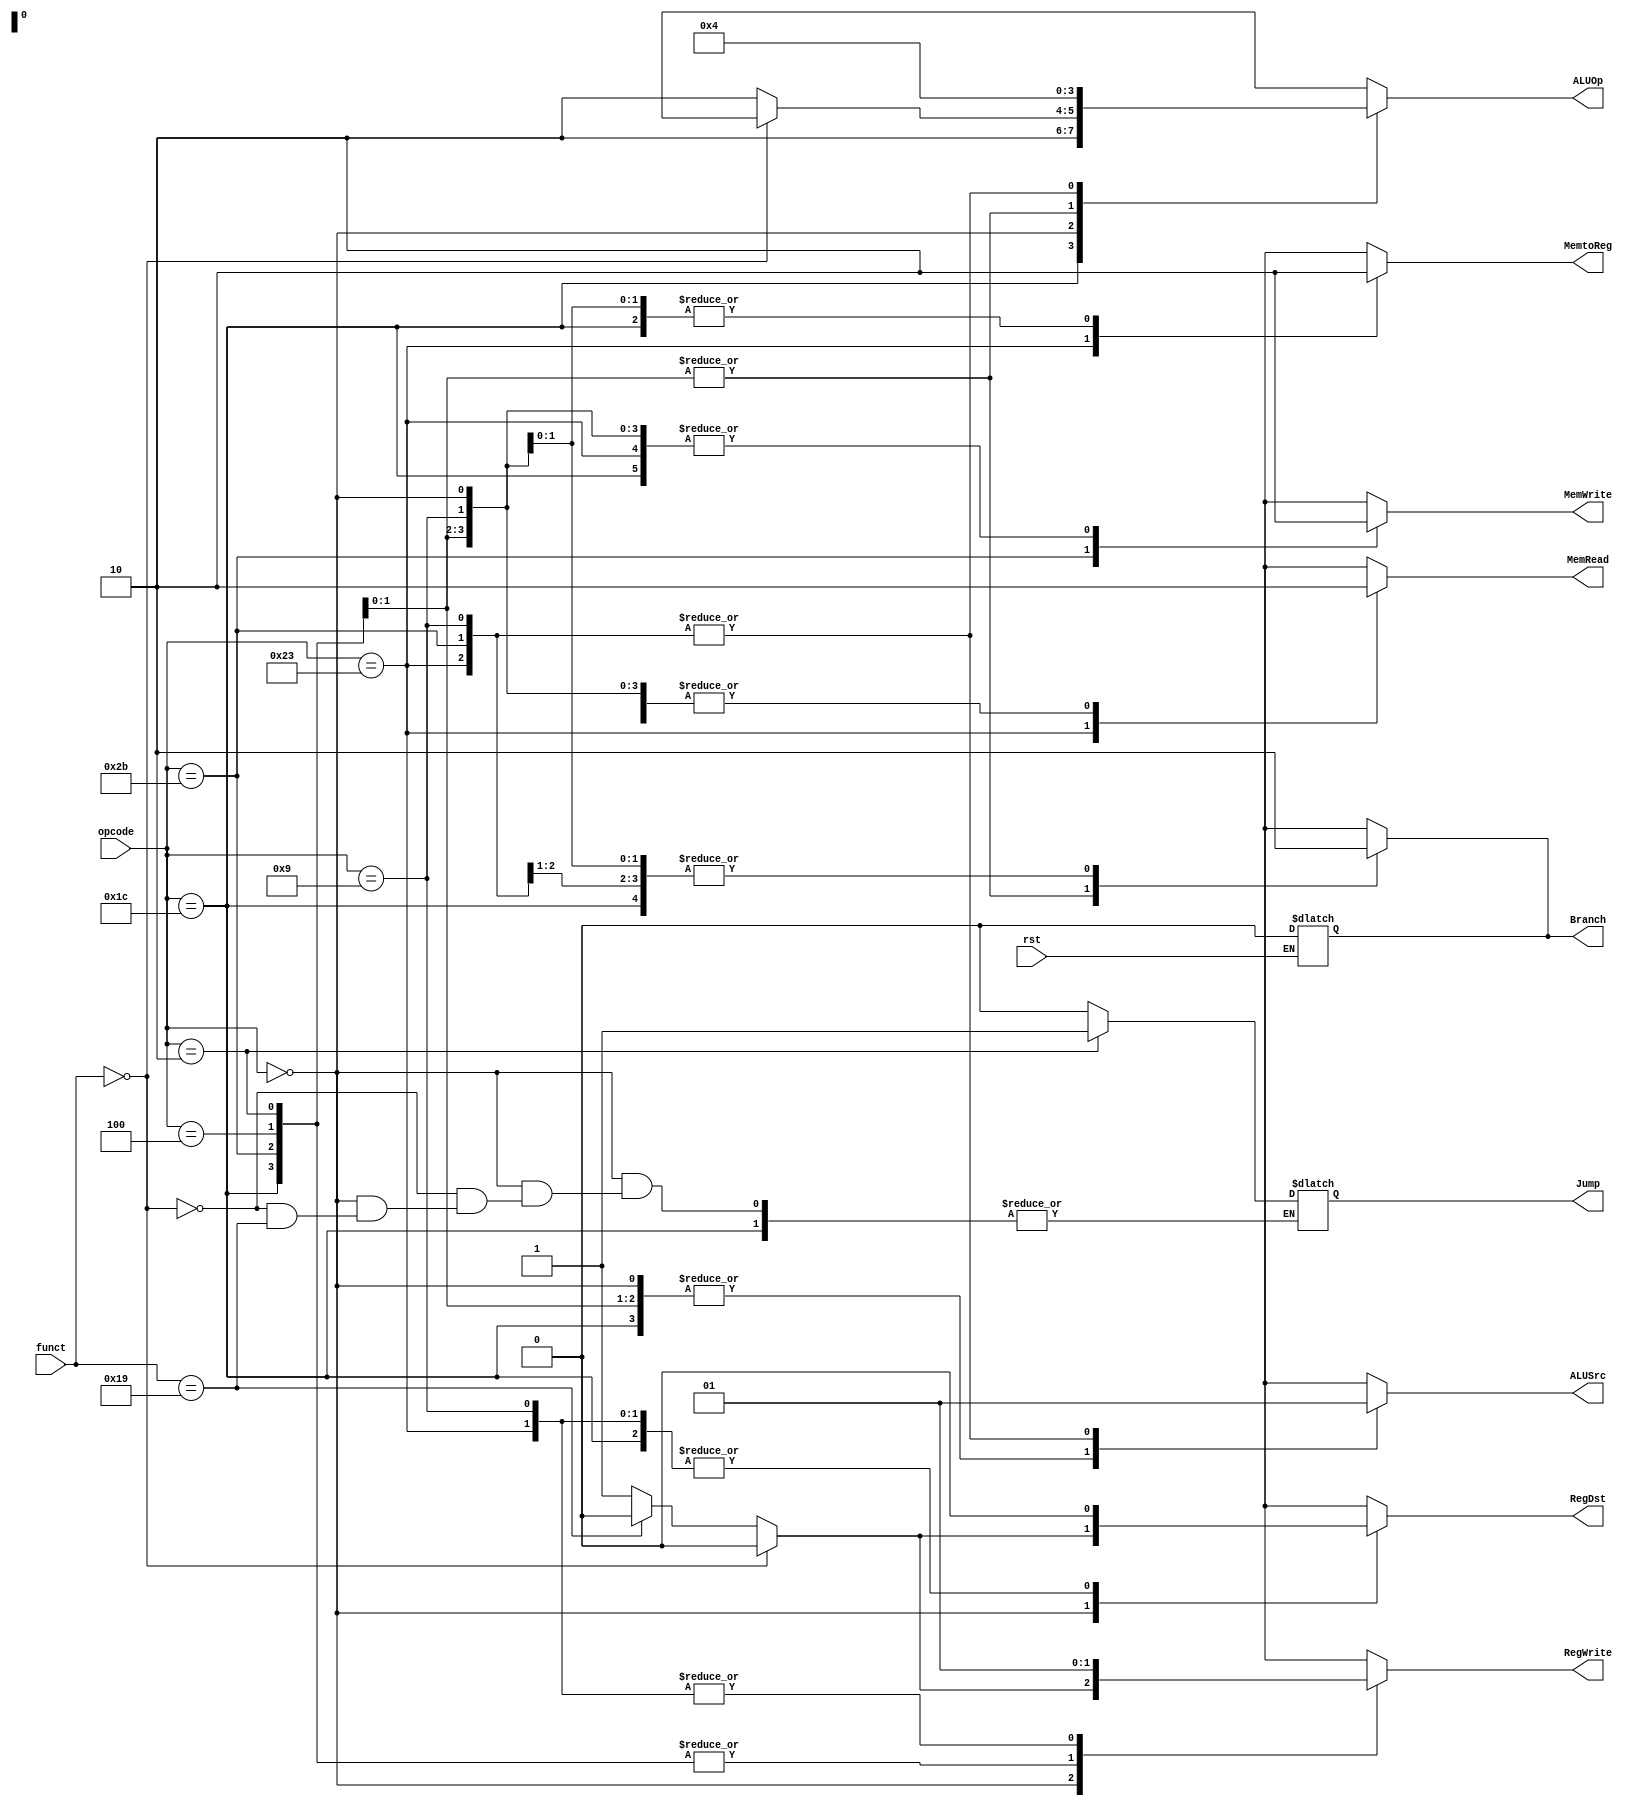
/*
	Title: MIPS Single-Cycle Control Unit
	Editor: Selene (Computer System and Architecture Lab, ICE, CYCU)
	
	Input Port
		1. opcode: 
	Input Port
		1. RegDst: RFMUX
		2. ALUSrc: ALUMUX
		3. MemtoReg: WRMUX
		4. RegWrite: 
		5. MemRead:  
		6. MemWrite: 
		7. Branch: ALUzeroANDPCMUX
		8. ALUOp: ALU Control
*/
module control_unit( opcode, funct, RegDst, ALUSrc, MemtoReg, RegWrite, 
					   MemRead, MemWrite, Branch, Jump, ALUOp, rst);
    input[5:0] opcode, funct;
    output RegDst, ALUSrc, MemtoReg, RegWrite, MemRead, MemWrite, Branch, Jump;
    output[1:0] ALUOp;
    reg RegDst, ALUSrc, MemtoReg, RegWrite, MemRead, MemWrite, Branch, Jump;
    reg[1:0] ALUOp;
    input rst;

    parameter R_FORMAT = 6'd0;
    parameter LW = 6'd35;
    parameter SW = 6'd43;
    parameter BEQ = 6'd4;
	  parameter J = 6'd2;
	  parameter ADDIU = 6'd9;
	  parameter NOP = 6'd0;
	  parameter MADDU = 6'd28;
	  
	  always@( rst )
    begin
      if( rst )
        Branch = 1'b0;
    end

    always @( opcode or funct ) begin
        case ( opcode )
          MADDU:
            begin
				      ALUSrc = 1'b0; RegDst = 1'b0; MemRead = 1'b0; MemWrite = 1'b0; 
				      MemtoReg = 1'b0; RegWrite = 1'b0; Branch = 1'b0; ALUOp = 2'b10;
				    end
          R_FORMAT : 
          begin
		          if (funct == 6'd0) // nop
		              begin
				              RegDst = 1'b0; ALUSrc = 1'b0; MemtoReg = 1'b0; RegWrite = 1'b0; MemRead = 1'b0; 
				              MemWrite = 1'b0; Branch = 1'b0; Jump = 1'b0; ALUOp = 2'bXX;
		          end
		          else if ( funct == 6'd25 ) // multu
				          begin
				            ALUSrc = 1'b0; RegDst = 1'b0; MemRead = 1'b0; MemWrite = 1'b0; 
				            MemtoReg = 1'b0; RegWrite = 1'b0; Branch = 1'b0; ALUOp = 2'b10;
				          end
		          else // R-type
		          begin
				          RegDst = 1'b1; ALUSrc = 1'b0; MemtoReg = 1'b0; RegWrite = 1'b1; MemRead = 1'b0; 
				          MemWrite = 1'b0; Branch = 1'b0; Jump = 1'b0; ALUOp = 2'b10;
		          end
          end
          LW :
          begin
				      RegDst = 1'b0; ALUSrc = 1'b1; MemtoReg = 1'b1; RegWrite = 1'b1; MemRead = 1'b1; 
				      MemWrite = 1'b0; Branch = 1'b0; Jump = 1'b0; ALUOp = 2'b00;
          end
          SW :
          begin
				      RegDst = 1'bx; ALUSrc = 1'b1; MemtoReg = 1'bx; RegWrite = 1'b0; MemRead = 1'b0; 
				      MemWrite = 1'b1; Branch = 1'b0; Jump = 1'b0; ALUOp = 2'b00;
          end
          BEQ :
          begin
				      RegDst = 1'bx; ALUSrc = 1'b0; MemtoReg = 1'bx; RegWrite = 1'b0; MemRead = 1'b0; 
				      MemWrite = 1'b0; Branch = 1'b1; Jump = 1'b0; ALUOp = 2'b01;
          end
		      J :
		      begin
				      RegDst = 1'bx; ALUSrc = 1'b0; MemtoReg = 1'bx; RegWrite = 1'b0; MemRead = 1'b0; 
				      MemWrite = 1'b0; Branch = 1'b1; Jump = 1'b1; ALUOp = 2'b01;
		      end
		      ADDIU :
		      begin
				      RegDst = 1'b0; ALUSrc = 1'b1; MemtoReg = 1'b0; RegWrite = 1'b1; MemRead = 1'b0; 
				      MemWrite = 1'b0; Branch = 1'b0; Jump = 1'b0; ALUOp = 2'b00;
		      end
          default
          begin
				      $display("control_single unimplemented opcode %d", opcode);
				      RegDst=1'bx; ALUSrc=1'bx; MemtoReg=1'bx; RegWrite=1'bx; MemRead=1'bx; 
				      MemWrite=1'bx; Branch=1'bx; Jump = 1'bx; ALUOp = 2'bxx;
          end

        endcase
    end
endmodule